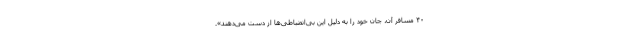
۴۰ مسافر آن، جان خود را به دلیل این بی‌انضباطی‌ها از دست می‌دهند».